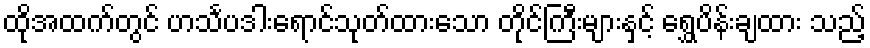
ထိုအထက်တွင် ဟင်္သပဒါးရောင်သုတ်ထားသော တိုင်ကြီးများနှင့် ရွှေပိန်းချထား သည့်